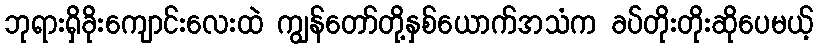
ဘုရားရှိခိုးကျောင်းလေးထဲ ကျွန်တော်တို့နှစ်ယောက်အသံက ခပ်တိုးတိုးဆိုပေမယ့်